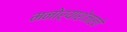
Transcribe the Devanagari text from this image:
मनोर्‍याशेजारचे